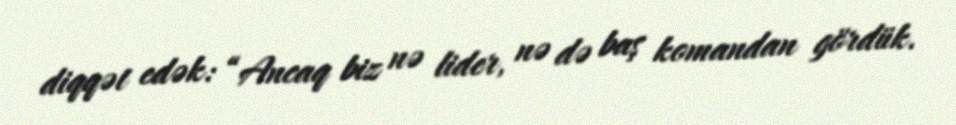
diqqət edək: “Ancaq biz nə lider, nə də baş komandan gördük.